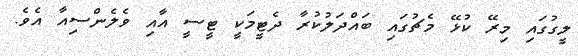
ލީގުގައި މިރޭ ކުޅޭ މެޗުގައި ބައްދަލުކުރާ ދެޓީމަކީ ޓީސީ އާއި ވެލެންސިއާ އެވެ.